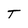
Character: T